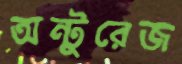
অন্টুরেজ